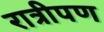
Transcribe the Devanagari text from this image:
रात्रीपण